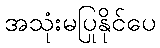
အသုံးမပြုနိုင်ပေ